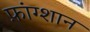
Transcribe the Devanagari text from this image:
फ़ांग्शान